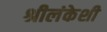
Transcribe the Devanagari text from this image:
श्रीलंकेशी